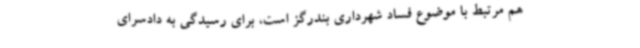
هم مرتبط با موضوع فساد شهرداری بندرگز است، برای رسیدگی به دادسرای